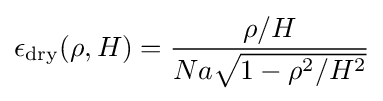
\epsilon _{\rm {dry}}(\rho ,H)={\frac {\rho /H}{Na{\sqrt {1-\rho ^{2}/H^{2}}}}}